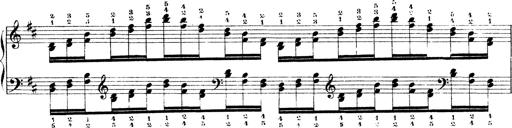
Title: Technische Studien
Composer: Franz Liszt